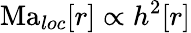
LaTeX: \mathrm{Ma}_{loc}[r]\propto h^{2}[r]